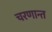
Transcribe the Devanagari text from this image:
चरणान्त